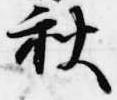
秋